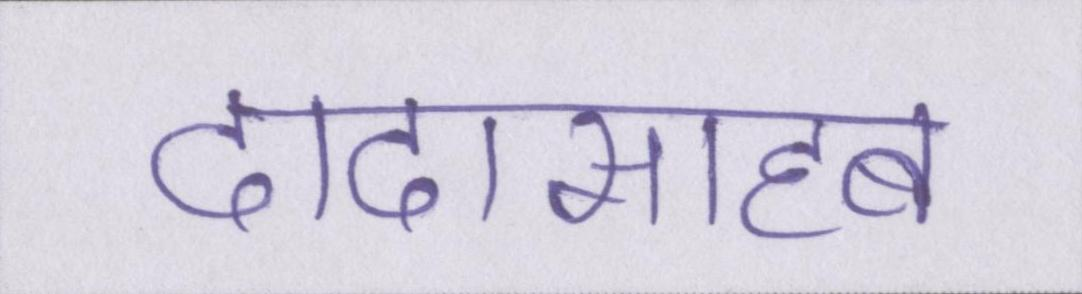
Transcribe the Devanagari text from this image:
दादासाहब